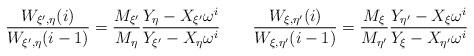
LaTeX: \begin{align*}\frac{W_{\xi',\eta}(i)}{W_{\xi',\eta}(i-1)} = \frac{M_{\xi'}}{M_{\eta}}\frac{Y_{\eta} -X_{\xi'}\omega^{i}}{Y_{\xi'} - X_{\eta} \omega^{i}} \qquad \frac{W_{\xi,\eta'}(i)}{W_{\xi,\eta'}(i-1)} = \frac{M_{\xi}}{M_{\eta'}}\frac{Y_{\eta'} -X_{\xi}\omega^{i}}{Y_{\xi} - X_{\eta'} \omega^{i}}\end{align*}